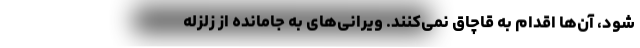
شود، آن‌ها اقدام به قاچاق نمی‌کنند. ویرانی‌های به جامانده از زلزله